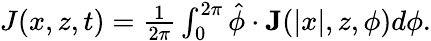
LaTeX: \begin{array}{r}{J(x,z,t)=\frac{1}{2\pi}\int_{0}^{2\pi}\hat{\phi}\cdot\mathbf{J}(|x|,z,\phi)d\phi.}\end{array}